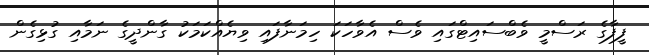
ފީފާގެ ރަސްމީ ވެބްސައިޓްގައި ވެސް އެވާހަކަ ހިމަނާފައި ވިޔެއްކަމަކު ގާންދީގެ ނަމާއި ގުޅިގެން